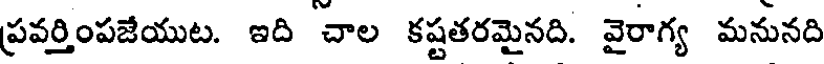
ప్రవర్తింపజేయుట. ఇది చాల కష్టతరమైనది. వైరాగ్య మనునది